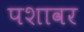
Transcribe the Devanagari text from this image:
पशावर